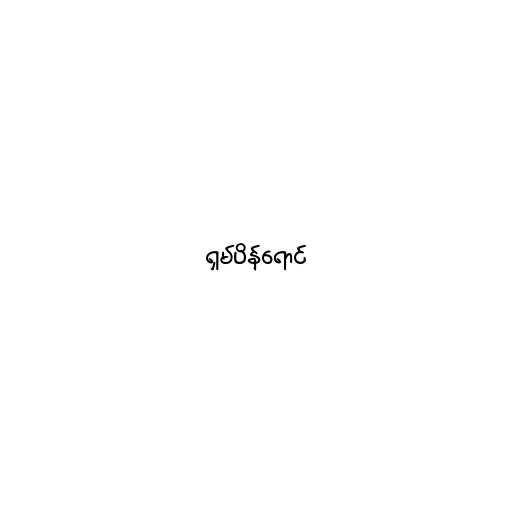
ရှမ်ပိန်ရောင်